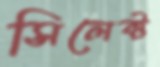
সিলেক্ট